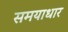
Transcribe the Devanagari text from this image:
समयाधार